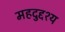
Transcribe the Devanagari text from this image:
महदुद्दश्य